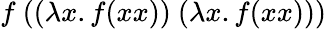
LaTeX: f\ ((\lambda x.f(xx))\ (\lambda x.f(xx)))